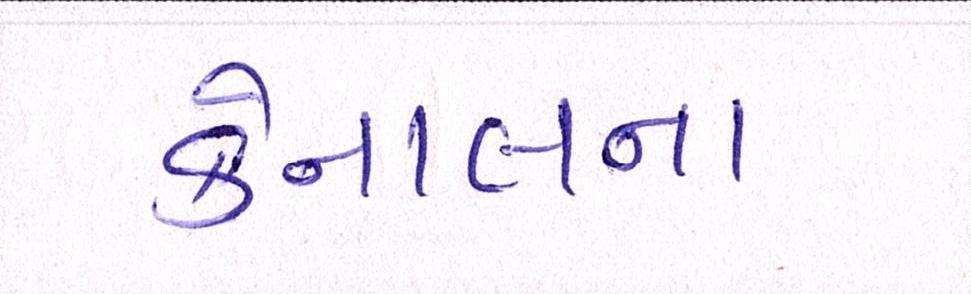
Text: કેનાલના